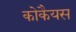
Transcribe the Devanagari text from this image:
कोकैयस